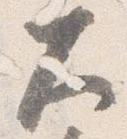
大